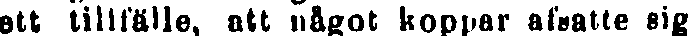
ett tillfälle, att något koppar afsatte sig